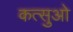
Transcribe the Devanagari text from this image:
कत्सुओ